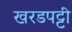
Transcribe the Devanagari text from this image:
खरडपट्टी